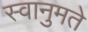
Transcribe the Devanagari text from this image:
स्वानुमते